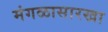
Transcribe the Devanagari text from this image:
मंगळासारखा